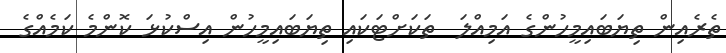
ތެރެއިން ތިޔަބައިމީހުންގެ އަމިއްލަ  ތަކަށްޓަކައި ތިޔަބައިމީހުން އިސްކުޅަ ކޮންމެ ކަމެއްގެ